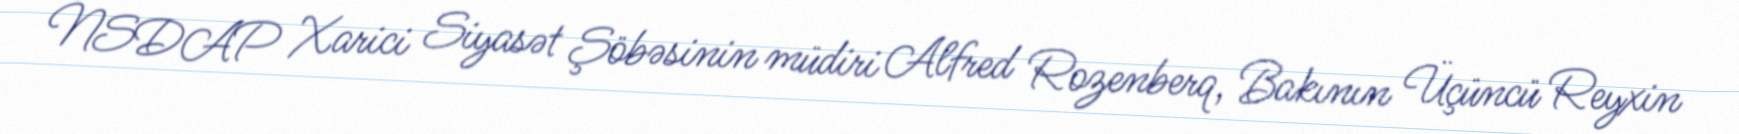
NSDAP Xarici Siyasət Şöbəsinin müdiri Alfred Rozenberq, Bakının Üçüncü Reyxin